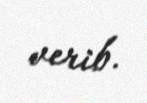
verib.